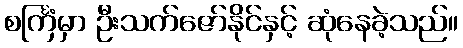
စင်္ကြံမှာ ဦးသက်ဇော်နိုင်နှင့် ဆုံနေခဲ့သည်။